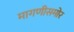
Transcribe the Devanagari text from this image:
मागणीसमोर